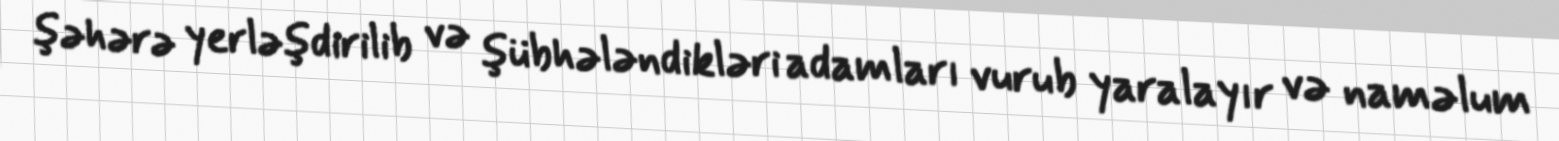
şəhərə yerləşdirilib və şübhələndikləri adamları vurub yaralayır və naməlum